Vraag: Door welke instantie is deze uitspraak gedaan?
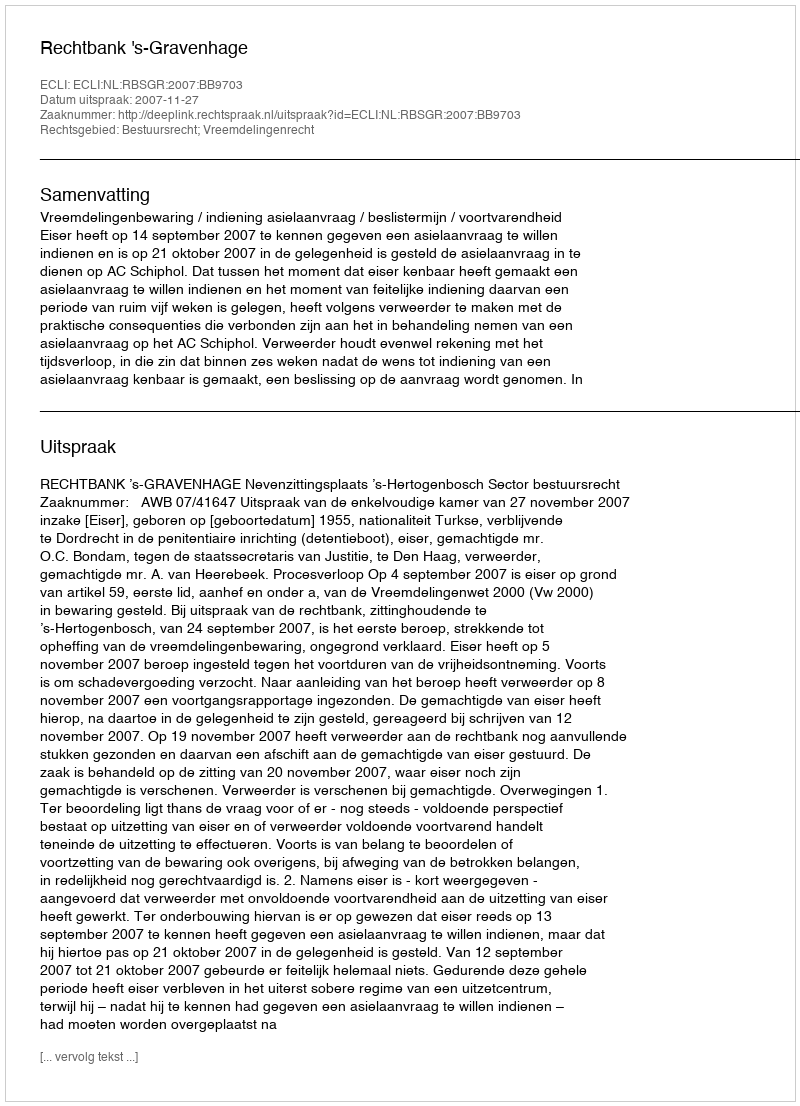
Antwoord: Rechtbank 's-Gravenhage